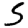
Digit: 5